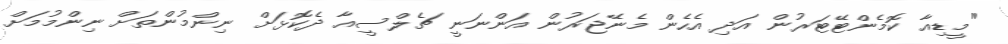
"މީޑިއާ ކޮމެންޓޭޓަރުން އަދި އެހެން މެނޭޖަރުން އަންނަނީ ޗެލްސީއާ ދެކޮޅަށް ނިންމުންތަށް ނިންމުމަށް